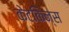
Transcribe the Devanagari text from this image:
केटकिन्स